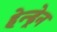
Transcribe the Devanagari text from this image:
हेन्ड्रेन